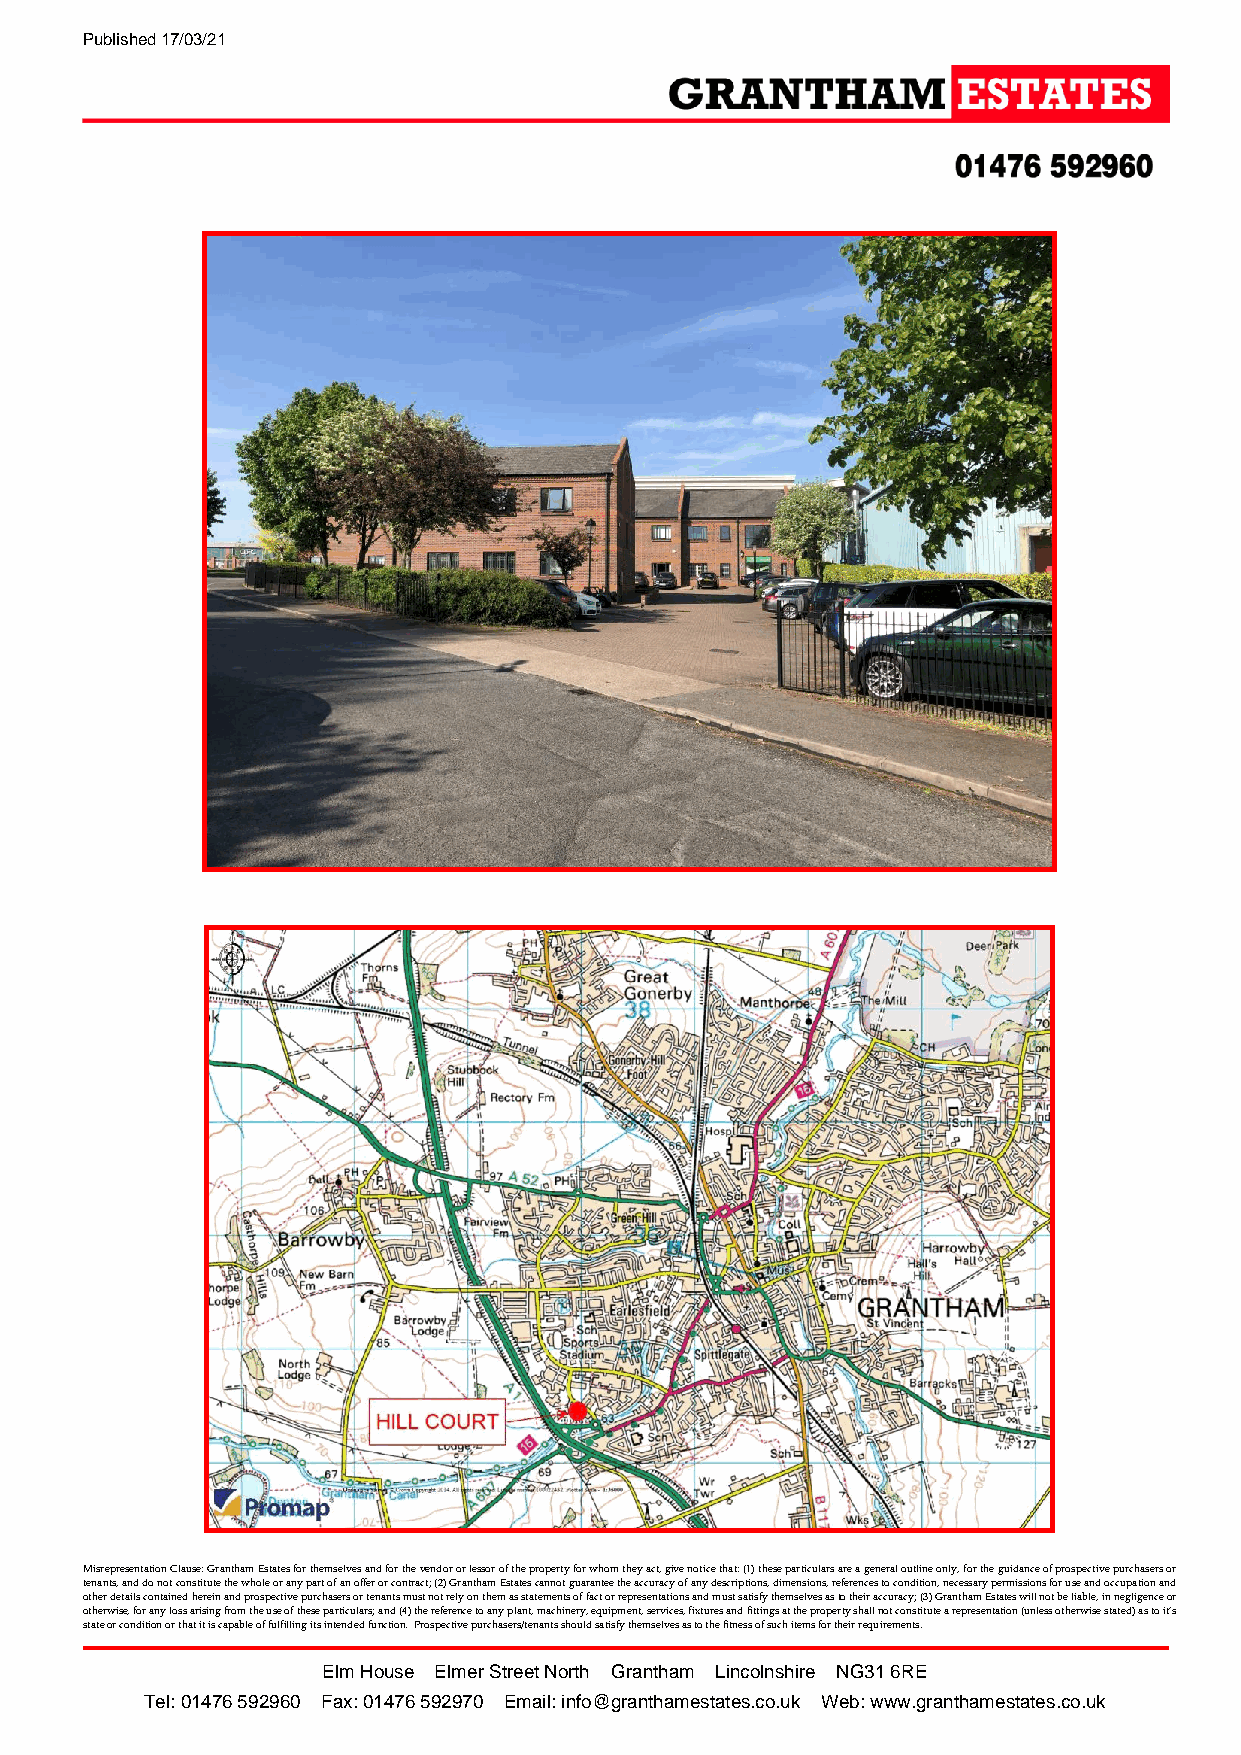
Published 17/03/21
 Misrepresentation Clause: Grantham Estates for themselves and for the vendor or lessor of the property for whom they act, give notice that: (1) these particulars are a general outline only, for the guidance of prospective purchasers or
 tenants, and do not constitute the whole or any part of an offer or contract; (2) Grantham Estates cannot guarantee the accuracy of any descriptions, dimensions, references to condition, necessary permissions for use and occupation and
 other details contained herein and prospective purchasers or tenants must not rely on them as statements of fact or representations and must satisfy themselves as to their accuracy; (3) Grantham Estates will not be liable, in negligence or
 otherwise, for any loss arising from the use of these particulars; and (4) the reference to any plant, machinery, equipment, services, fixtures and fittings at the property shall not constitute a representation (unless otherwise stated) as to it’s
 state or condition or that it is capable of fulfilling its intended function. Prospective purchasers/tenants should satisfy themselves as to the fitness of such items for their requirements.
 Elm House Elmer Street North Grantham Lincolnshire NG31 6RE
 Tel: 01476 592960 Fax: 01476 592970 Email: info@granthamestates.co.uk Web: www.granthamestates.co.uk